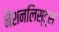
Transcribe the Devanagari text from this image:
नैशनलिस्ट्स